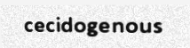
cecidogenous